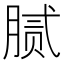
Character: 腻